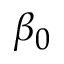
\beta _ { 0 }